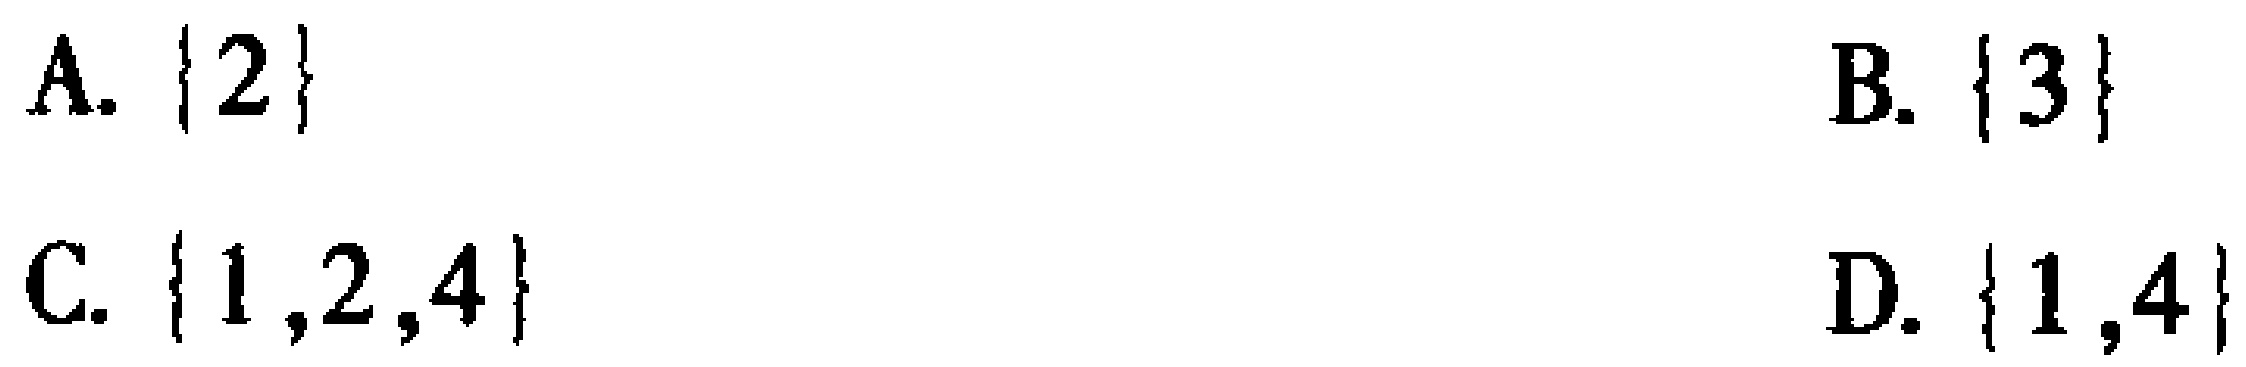
A. $\{2\}$
B. $\{3\}$
C. $\{1,2,4\}$
D. $\{1,4\}$